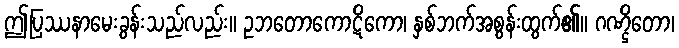
ဤပြဿနာမေးခွန်းသည်လည်း။ ဥဘတောကောဋိကော၊ နှစ်ဘက်အစွန်းထွက်၏။ ဂဏ္ဌိတော၊